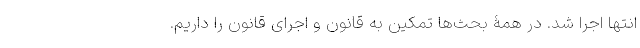
انتها اجرا شد. در همۀ بحث‌ها تمکین به قانون و اجرای قانون را داریم.